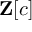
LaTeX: \mathbf { Z } [ c ]